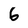
Character: 6